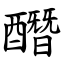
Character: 䤐